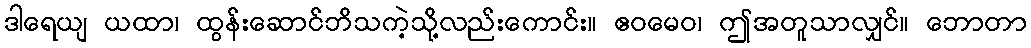
ဒါရေယျ ယထာ၊ ထွန်းဆောင်ဘိသကဲ့သို့လည်းကောင်း။ ဧဝမေဝ၊ ဤအတူသာလျှင်။ ဘောတာ